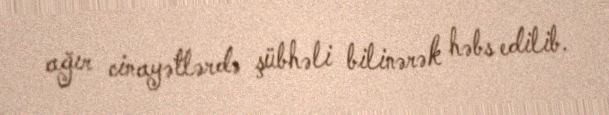
ağır cinayətlərdə şübhəli bilinərək həbs edilib.